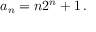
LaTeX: a _ { n } = n 2 ^ { n } + 1 \, .